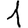
Digit: 1